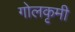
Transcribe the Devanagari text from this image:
गोलकृमी